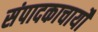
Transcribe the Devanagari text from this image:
संपादकाचार्यों